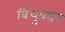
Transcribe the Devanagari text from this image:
विधुवदन